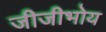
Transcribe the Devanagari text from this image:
जीजीभोय